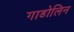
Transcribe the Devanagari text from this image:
गाडोलिन